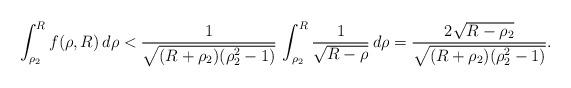
LaTeX: \begin{align*} \int_{\rho_2}^R f(\rho,R) \, d\rho < \frac{1}{\sqrt{(R + \rho_2)(\rho_2^2 - 1)}} \, \int_{\rho_2}^R \frac{1}{\sqrt{R-\rho}} \,d\rho= \frac{2 \sqrt{R - \rho_2}}{\sqrt{(R + \rho_2)(\rho_2^2 - 1)}} .\end{align*}